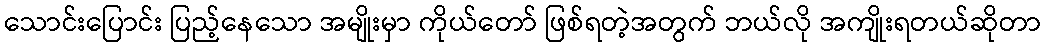
သောင်းပြောင်း ပြည့်နေသော အမျိုးမှာ ကိုယ်တော် ဖြစ်ရတဲ့အတွက် ဘယ်လို အကျိုးရတယ်ဆိုတာ